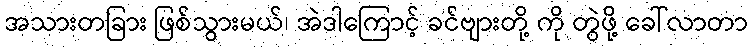
အသားတခြား ဖြစ်သွားမယ်၊ အဲဒါကြောင့် ခင်ဗျားတို့ ကို တွဲဖို့ ခေါ်လာတာ